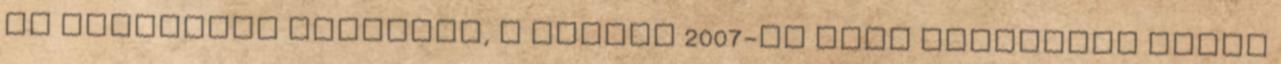
is használni szeretné, a Groove 2007-re való frissítés ELŐTT